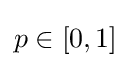
p\in \left[0,1\right]